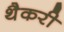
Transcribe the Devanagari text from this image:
थैकरी